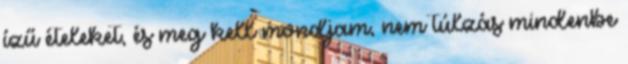
ízű ételeket, és meg kell mondjam, nem túlzás mindenbe